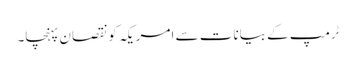
ٹرمپ کے بیانات سے امریکہ کونقصان پہنچا۔